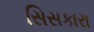
સિસકારા